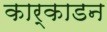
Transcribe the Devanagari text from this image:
कार्काडन